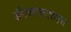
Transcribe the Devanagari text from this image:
डीएसएसएसएस